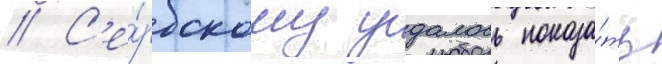
// С'е́рбскому удалось показа́ть